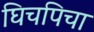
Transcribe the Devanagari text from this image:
घिचपिचा